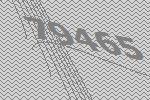
79465